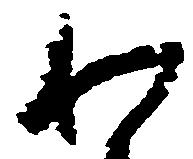
わ